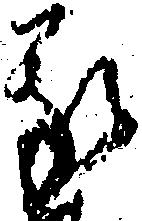
我